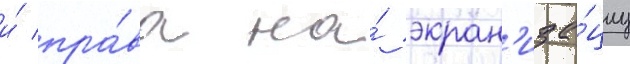
и́ пра́ва на́ экран'иза́циу